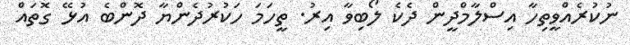
ނުކުރެއްވީތިހާ އިސްލާމްދީން ދެކެ ލޯބިވާ އިރު. ތީހަމަ ހަކުރުދެންޔާ ދޮންބެ އުޅޭ ގޮތައް